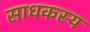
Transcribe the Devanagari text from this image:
साधकस्य